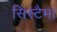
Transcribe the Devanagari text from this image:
सिस्टैमा